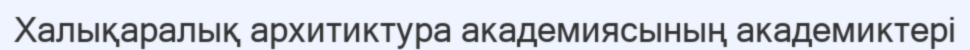
Халықаралық архитиктура академиясының академиктері